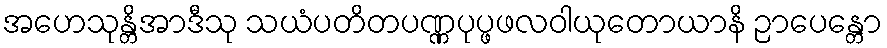
အဟေသုန္တိအာဒီသု သယံပတိတပဏ္ဏပုပ္ဖဖလဝါယုတောယာနိ ဉာပေန္တော